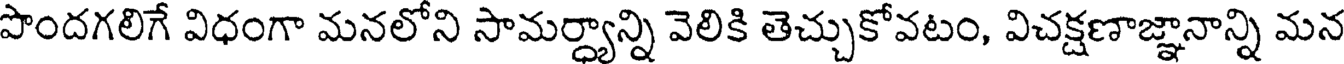
పొందగలిగే విధంగా మనలోని సామర్ధ్యాన్ని వెలికి తెచ్చుకోవటం, విచక్షణాజ్ఞానాన్ని మన